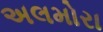
અલમોરા